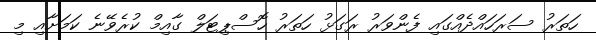
ހަތަރު ސަރަހައްދެއްގައި ފެންވަރު ރަގަޅު ހަތަރު ހޮސްޕިޓަލް ގާއިމް ކުރެވޭނެ ކަމަށާއި މި